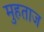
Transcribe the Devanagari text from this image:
मुहताज